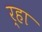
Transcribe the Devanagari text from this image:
र्‍हा